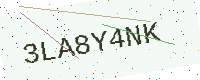
Text: 3LA8Y4NK